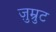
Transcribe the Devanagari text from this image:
ज़ुम्रुट